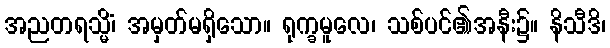
အညတရသ္မိံ၊ အမှတ်မရှိသော။ ရုက္ခမူလေ၊ သစ်ပင်၏အနီး၌။ နိသီဒိ၊